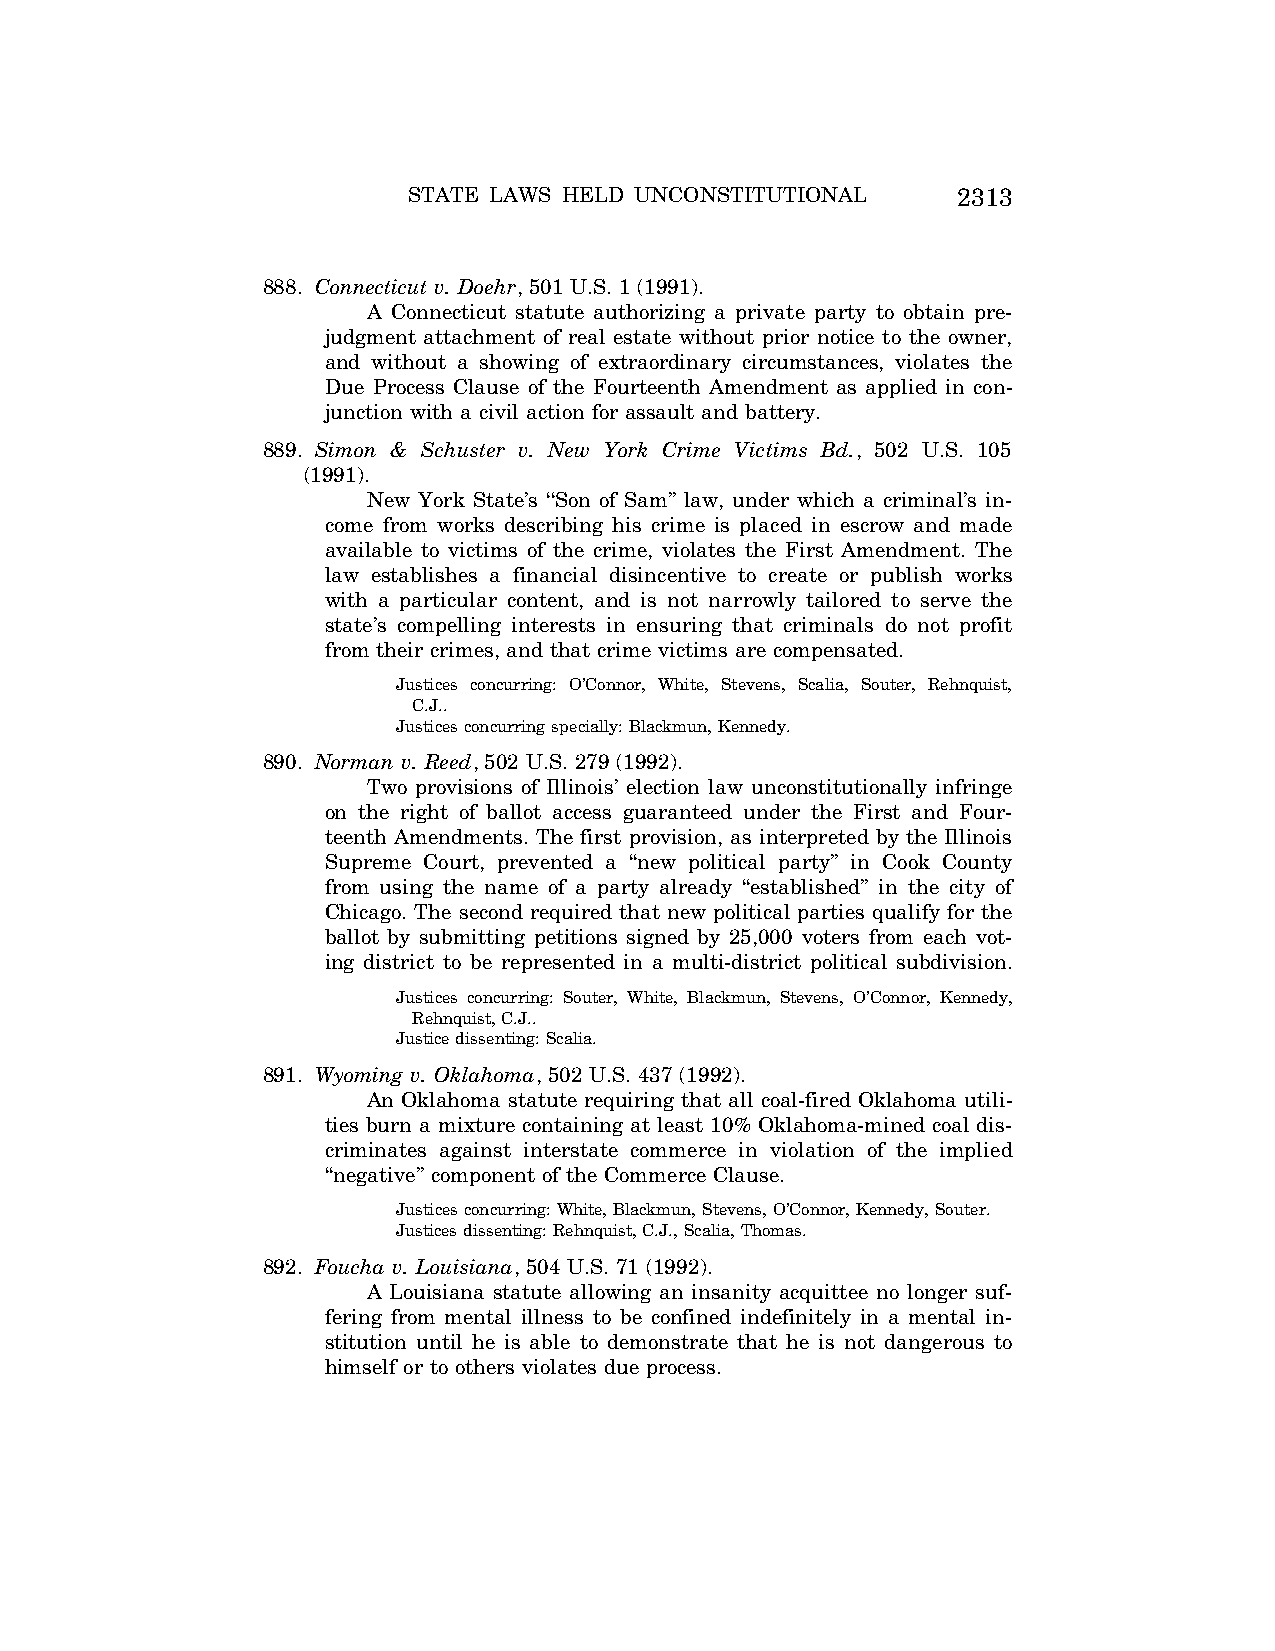
STATE LAWS HELD UNCONSTITUTIONAL    2313
 888. Connecticut v. Doehr, 501 U.S. 1 (1991).
 A Connecticut statute authorizing a private party to obtain pre-
 judgment attachment of real estate without prior notice to the owner,
 and without a showing of extraordinary circumstances, violates the
 Due Process Clause of the Fourteenth Amendment as applied in con-
 junction with a civil action for assault and battery.
 889. Simon & Schuster v. New York Crime Victims Bd., 502 U.S. 105
 (1991).
 New York State’s ‘‘Son of Sam’’ law, under which a criminal’s in-
 come from works describing his crime is placed in escrow and made
 available to victims of the crime, violates the First Amendment. The
 law establishes a financial disincentive to create or publish works
 with a particular content, and is not narrowly tailored to serve the
 state’s compelling interests in ensuring that criminals do not profit
 from their crimes, and that crime victims are compensated.
 Justices concurring: O’Connor, White, Stevens, Scalia, Souter, Rehnquist,
 C.J..
 Justices concurring specially: Blackmun, Kennedy.
 890. Norman v. Reed, 502 U.S. 279 (1992).
 Two provisions of Illinois’ election law unconstitutionally infringe
 on the right of ballot access guaranteed under the First and Four-
 teenth Amendments. The first provision, as interpreted by the Illinois
 Supreme Court, prevented a ‘‘new political party’’ in Cook County
 from using the name of a party already ‘‘established’’ in the city of
 Chicago. The second required that new political parties qualify for the
 ballot by submitting petitions signed by 25,000 voters from each vot-
 ing district to be represented in a multi-district political subdivision.
 Justices concurring: Souter, White, Blackmun, Stevens, O’Connor, Kennedy,
 Rehnquist, C.J..
 Justice dissenting: Scalia.
 891. Wyoming v. Oklahoma, 502 U.S. 437 (1992).
 An Oklahoma statute requiring that all coal-fired Oklahoma utili-
 ties burn a mixture containing at least 10% Oklahoma-mined coal dis-
 criminates against interstate commerce in violation of the implied
 ‘‘negative’’ component of the Commerce Clause.
 Justices concurring: White, Blackmun, Stevens, O’Connor, Kennedy, Souter.
 Justices dissenting: Rehnquist, C.J., Scalia, Thomas.
 892. Foucha v. Louisiana, 504 U.S. 71 (1992).
 A Louisiana statute allowing an insanity acquittee no longer suf-
 fering from mental illness to be confined indefinitely in a mental in-
 stitution until he is able to demonstrate that he is not dangerous to
 himself or to others violates due process.
 VerDate Aug<04>2004 12:57 Aug 23, 2004 Jkt 077500 PO 00000 Frm 00153 Fmt 8222 Sfmt 8222 C:\CONAN\CON064.SGM PRFM99 PsN: CON064